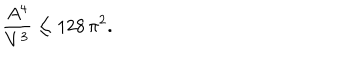
LaTeX: \frac { A ^ { 4 } } { V ^ { 3 } } \le 1 2 8 \, \pi ^ { 2 } .